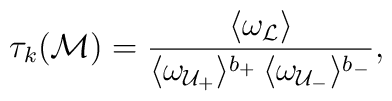
\tau_k({\cal M})=\frac{\langle\omega_{\cal L}\rangle}{\langle\omega_{{\cal U}_+}\rangle^{b_+}\,\langle\omega_{{\cal U}_-}\rangle^{b_-}}{\rm,}